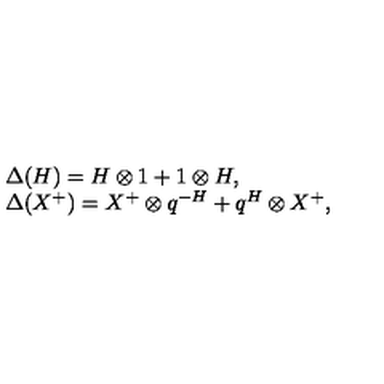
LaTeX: \begin{array} { r c l } { } & { } & { \Delta ( H ) = H \otimes 1 + 1 \otimes H , } \\ { } & { } & { \Delta ( X ^ { + } ) = X ^ { + } \otimes q ^ { - H } + q ^ { H } \otimes X ^ { + } , } \\ \end{array}